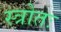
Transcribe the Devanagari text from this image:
स्त्रोतः